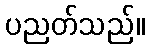
ပညတ်သည်။